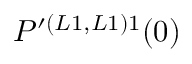
P ^ { \prime ( L 1 , L 1 ) 1 } ( 0 )